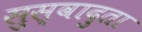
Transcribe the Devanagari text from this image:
सुस्वादुता